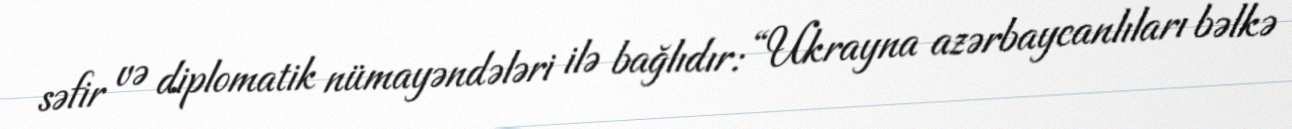
səfir və diplomatik nümayəndələri ilə bağlıdır: “Ukrayna azərbaycanlıları bəlkə